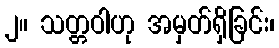
၂။ သတ္တဝါဟု အမှတ်ရှိခြင်း၊